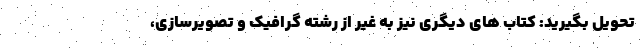
تحویل بگیرید: کتاب های دیگری نیز به غیر از رشته گرافیک و تصویرسازی،